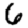
Digit: 6